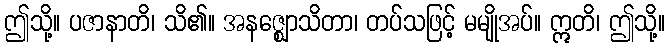
ဤသို့။ ပဇာနာတိ၊ သိ၏။ အနဇ္ဈောသိတာ၊ တပ်သဖြင့် မမျိုအပ်။ ဣတိ၊ ဤသို့။